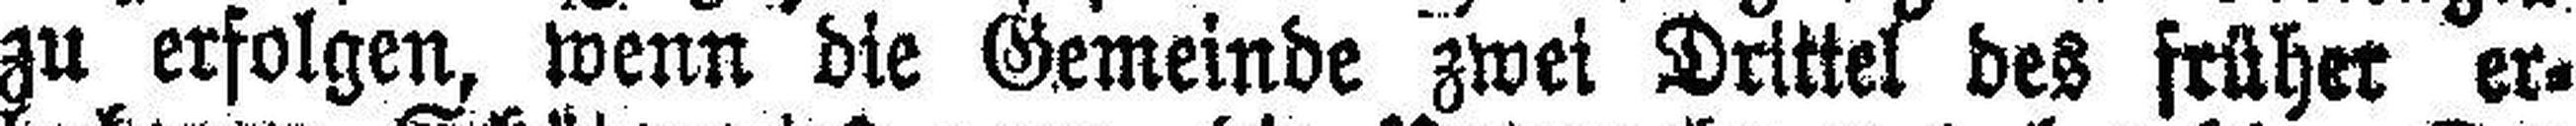
zu erfolgen, wenn die Gemeinde zwei Drittel des früher er¬